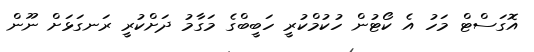
އޮގަސްޓް މަހު އެ ކޯޓުން ހުކުމްކުރީ ހަބީބްގެ މަގާމު ދަށްކުރީ ރަނގަޅަށް ނޫން